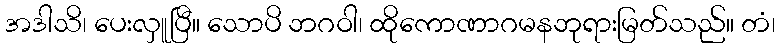
အဒါသိ၊ ပေးလှူပြီ။ သောပိ ဘဂဝါ၊ ထိုကောဏာဂမနဘုရားမြတ်သည်။ တံ၊